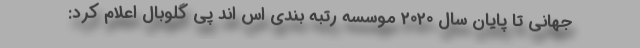
جهانی تا پایان سال 2020 موسسه رتبه بندی اس اند پی گلوبال اعلام کرد: